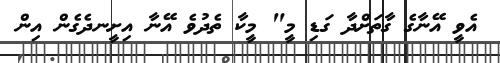
އެވީ އޭނާގެ ގާތަށްދާ ގަޑި މީ" މީކާ ތެދުވެ އޭނާ އިށީނދެގެން އިން